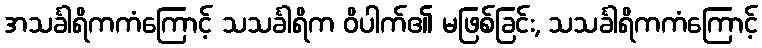
အသင်္ခါရိကကံကြောင့် သသင်္ခါရိက ဝိပါက်၏ မဖြစ်ခြင်း, သသင်္ခါရိကကံကြောင့်